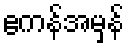
ဧကန်အမှန်